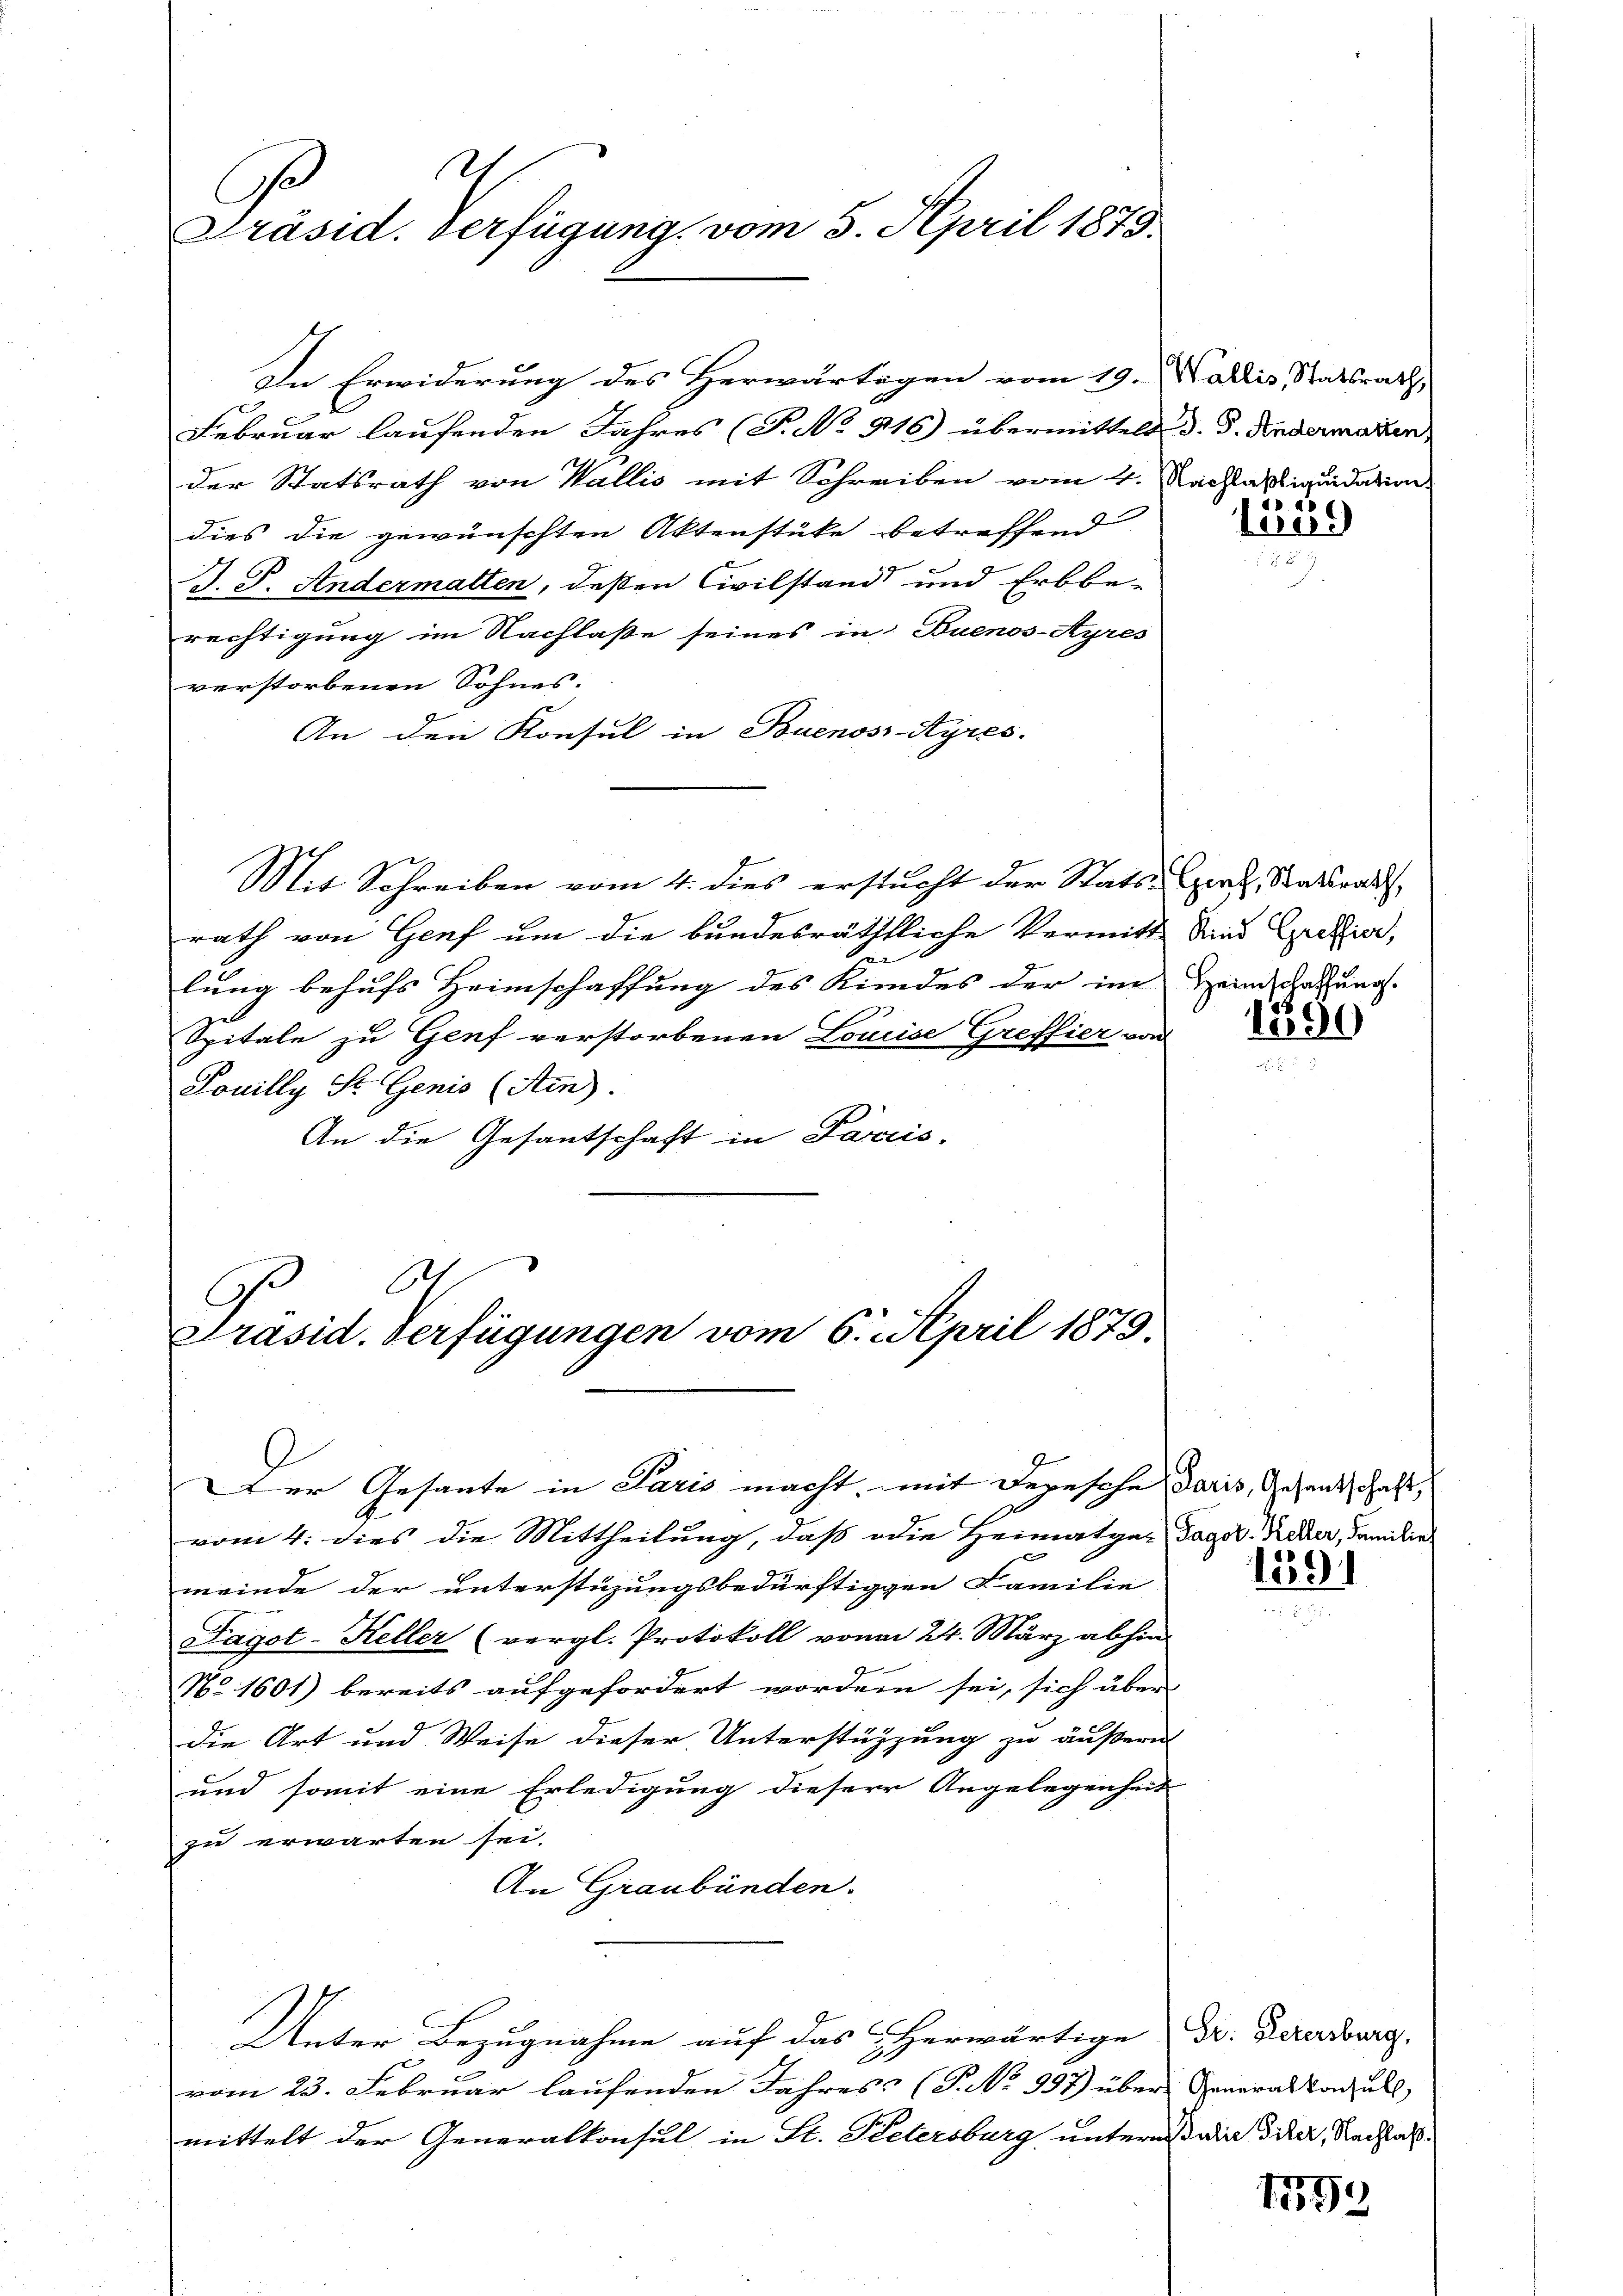
h
Präsid. Verfügung, vom 5. April 1879.

Februar laufenden Jahres (T. No 916) übermittelt d. d. Andermarken,
der Statsrath von Wallis mit Schreiben vom 4. Nachlasliquidation
dies die gewünschten Aktenstüke betreffend
J. P. Andermatten, deßen Civilstand und Erbbe-
rechtigung im Nachlaße seines in Buenos-Ayres
verstorbenen Sohnes.
An den Konsul in Buenos-Ayres.
Mit Schreiben vom 4. dies erstucht der Stats-Exerz, Statsrath,
rath von Genf um die bundesräthliche Vermitt sind Gelier,
1
lung behufs Heimschaffung des Kindes der im
Spitale zu Genf verstorbenen Louise Greffier von
Touilly St. Genis (Ain).
An die Gesantschaft in Parcio.

In Erwiderung des Herwärtigen vom 19. Wallis, Statsrath,

At
Präsid. Verfügungen vom 6. April 1879.

Der Gesante in Paris macht, mit Depesche Paris, Gesandtschaft,
vom 4. dies die Mittheilung, daß die Heimatga-Tagor-Keker, Familie
meinde der unterstüzungsbedürftigen Familie
Fagot-Keller (vergl. Protokoll von 24. März abhin
No. 1601) bereits aufgefordert worden sei, sich über
die Art und Weise dieser Unterstützung zu äußern
und somit eine Erledigung dieser Angelegenheit
zu erwarten sei.
An Graubünden.
Unter Bezugnahme auf das herwärtige Dr. Derarsburg,
vom 23. Februar laufenden Jahres (T. No 997) über Generalkonsull
mittelt der Generalkonsul in St. Petersburg untern oder Tier, Nachhal

4
e:
53

Heimschaffung.

1390

1591

1559